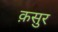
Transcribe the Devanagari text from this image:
क़सुर